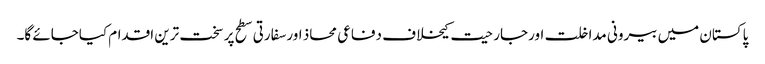
پاکستان میں بیرونی مداخلت اورجارحیت کیخلاف دفاعی محاذ اورسفارتی سطح پر سخت ترین اقدام کیاجائے گا۔